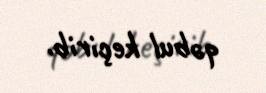
qəbul keçirib.